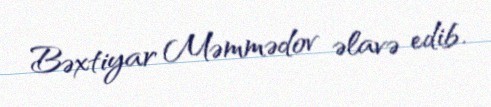
Bəxtiyar Məmmədov əlavə edib.